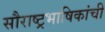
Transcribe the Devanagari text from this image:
सौराष्ट्रभाषिकांची